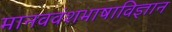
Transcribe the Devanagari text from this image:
मानववंशभाषाविज्ञान